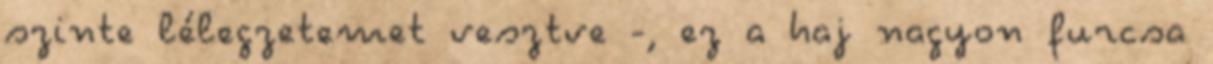
szinte lélegzetemet vesztve -, ez a haj nagyon furcsa